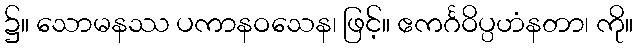
၌။ သောမနဿ ပကာနဝသေန၊ ဖြင့်။ ဧကင်္ဂဝိပ္ပဟံနတာ၊ ကို။